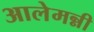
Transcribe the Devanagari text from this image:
आलेमन्नी